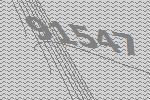
91547